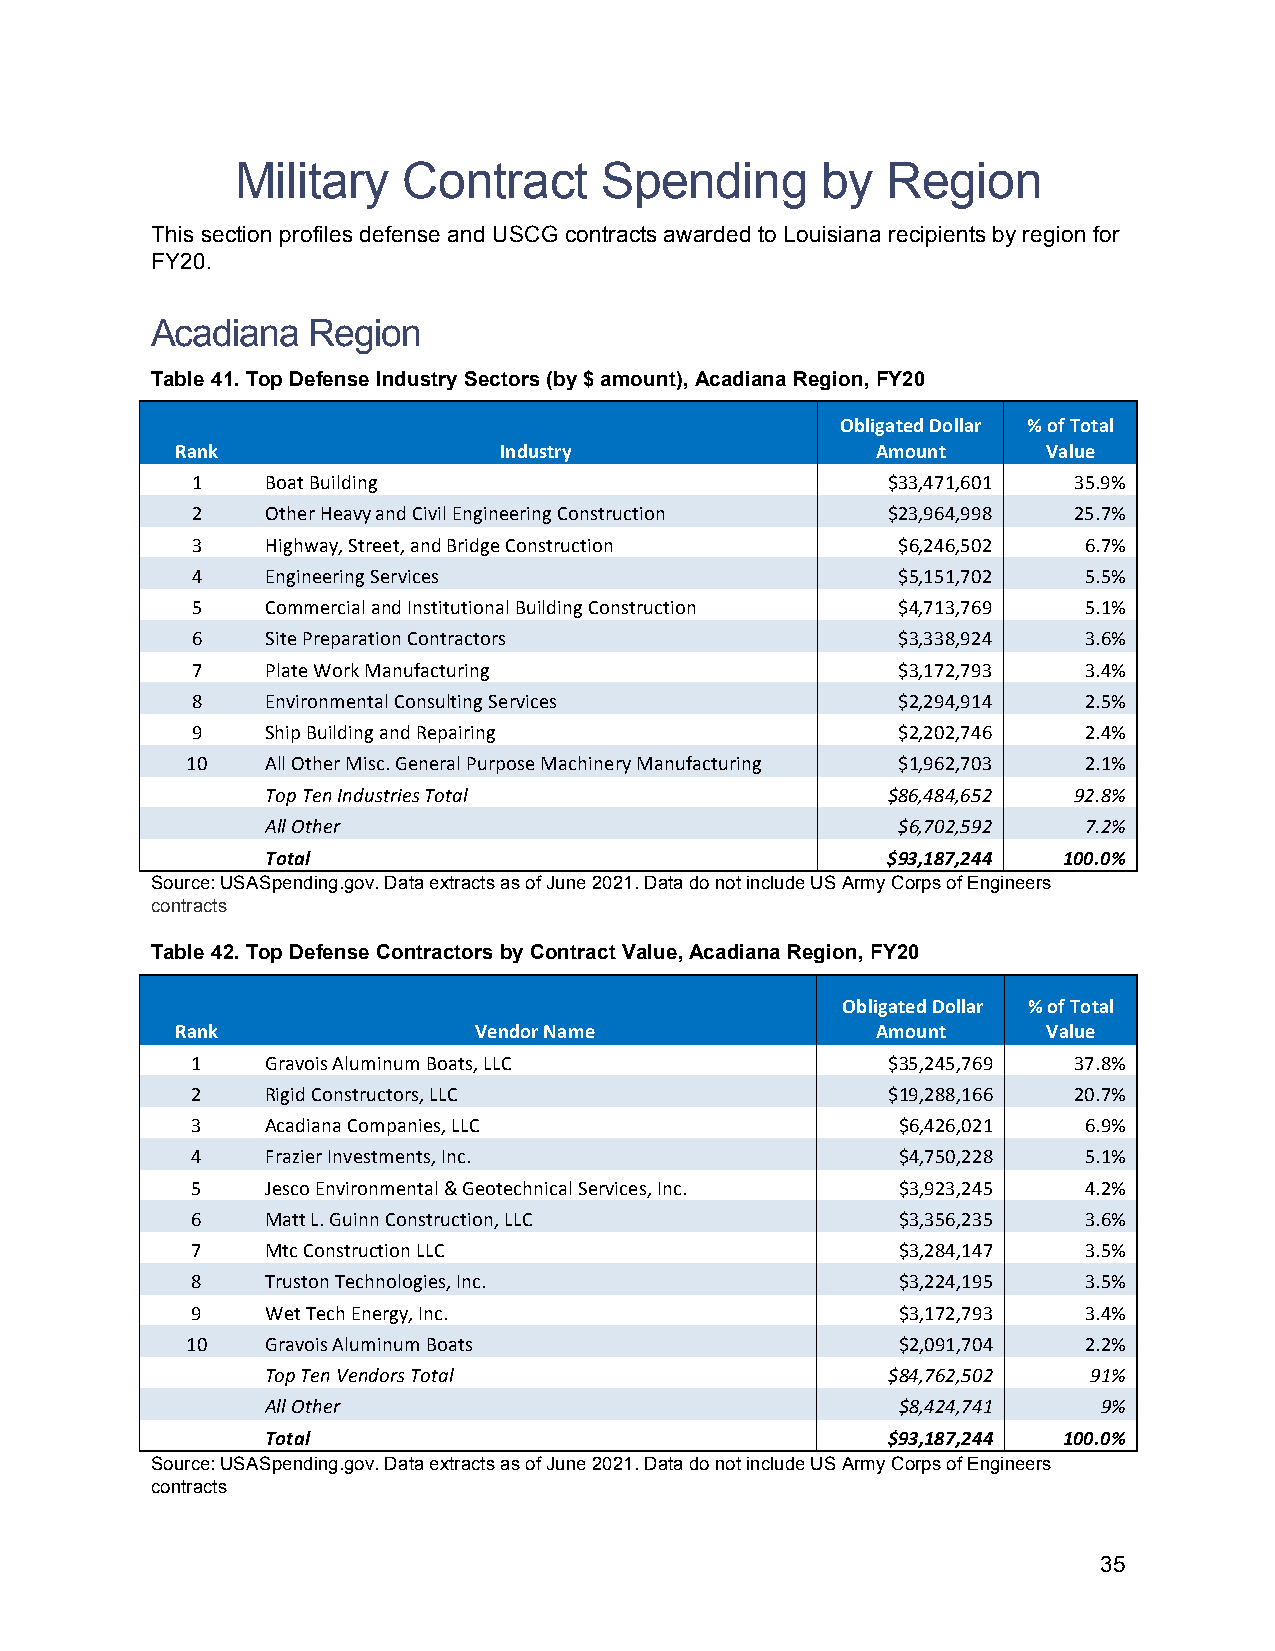
Military   Contract     Spending      by   Region
 This section profiles defense and USCG contracts awarded to Louisiana recipients by region for
 FY20.
 Acadiana  Region
 Table 41. Top Defense Industry Sectors (by $ amount), Acadiana Region, FY20
 Obligated Dollar % of Total
 Rank                 Industry                 Amount     Value
 1    Boat Building                            $33,471,601 35.9%
 2    Other Heavy and Civil Engineering Construction $23,964,998 25.7%
 3    Highway, Street, and Bridge Construction $6,246,502   6.7%
 4    Engineering Services                     $5,151,702   5.5%
 5    Commercial and Institutional Building Construction $4,713,769 5.1%
 6    Site Preparation Contractors             $3,338,924   3.6%
 7    Plate Work Manufacturing                 $3,172,793   3.4%
 8    Environmental Consulting Services        $2,294,914   2.5%
 9    Ship Building and Repairing              $2,202,746   2.4%
 10    All Other Misc. General Purpose Machinery Manufacturing $1,962,703 2.1%
 Top Ten Industries Total                 $86,484,652 92.8%
 All Other                                $6,702,592   7.2%
 Total                                    $93,187,244 100.0%
 Source: USASpending.gov. Data extracts as of June 2021. Data do not include US Army Corps of Engineers
 contracts
 Table 42. Top Defense Contractors by Contract Value, Acadiana Region, FY20
 Obligated Dollar % of Total
 Rank               Vendor Name                Amount     Value
 1    Gravois Aluminum Boats, LLC              $35,245,769 37.8%
 2    Rigid Constructors, LLC                  $19,288,166 20.7%
 3    Acadiana Companies, LLC                   $6,426,021  6.9%
 4    Frazier Investments, Inc.                 $4,750,228  5.1%
 5    Jesco Environmental & Geotechnical Services, Inc. $3,923,245 4.2%
 6    Matt L. Guinn Construction, LLC           $3,356,235  3.6%
 7    Mtc Construction LLC                      $3,284,147  3.5%
 8    Truston Technologies, Inc.                $3,224,195  3.5%
 9    Wet Tech Energy, Inc.                     $3,172,793  3.4%
 10    Gravois Aluminum Boats                    $2,091,704  2.2%
 Top Ten Vendors Total                    $84,762,502  91%
 All Other                                 $8,424,741   9%
 Total                                    $93,187,244 100.0%
 Source: USASpending.gov. Data extracts as of June 2021. Data do not include US Army Corps of Engineers
 contracts
 35